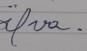
Signature authenticity: genuine